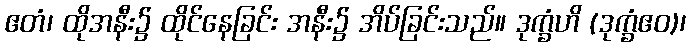
ဧတံ၊ ထိုအနီး၌ ထိုင်နေခြင်း အနီး၌ အိပ်ခြင်းသည်။ ဒုက္ခံဟိ (ဒုက္ခံဧဝ)၊